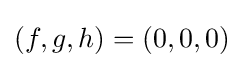
(f,g,h)=(0,0,0)